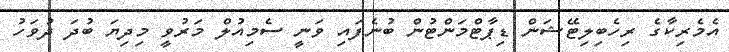
އެމެރިކާގެ ރިހެބިލިޓޭޝަން ޑިޕާޓްމަންޓުން ބުނެފައި ވަނީ ސެމިއުލް މަރުވީ މިދިޔަ ބުދަ ދުވަހު